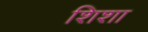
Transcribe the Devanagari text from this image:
शिशा